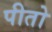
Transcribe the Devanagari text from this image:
पीतो